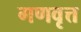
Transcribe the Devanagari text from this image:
गणवृत्त